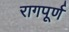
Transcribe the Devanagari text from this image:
रागपूर्ण